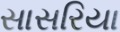
સાસરિયા